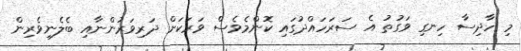
މި ހާދިސާ ހިނގި ވަގުތު އެ ސަރަހައްދުގައި ކޮންމެވެސް ވަރަކަށް ދަރިވަރުންނާއި ބެލެނިވެރިން